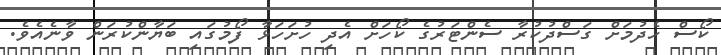
ކޯސް ހެދުމަށް ގަސްދުކުރާ ސެންޓަރުގެ ކޯހަށް އެދި ހުށަހަޅާ ފޯމުގައި ބަޔާންކުރަން ވާނެއެވެ.